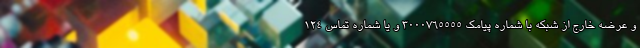
و عرضه خارج از شبکه با شماره پیامک ۳۰۰۰۷۶۵۵۵۵ و یا شماره تماس ۱۲۴